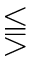
\lesseqqgtr